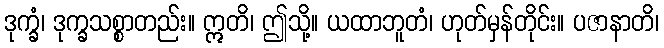
ဒုက္ခံ၊ ဒုက္ခသစ္စာတည်း။ ဣတိ၊ ဤသို့။ ယထာဘူတံ၊ ဟုတ်မှန်တိုင်း။ ပဇာနာတိ၊